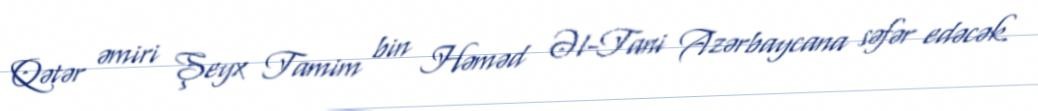
Qətər əmiri Şeyx Tamim bin Həməd Əl-Tani Azərbaycana səfər edəcək.